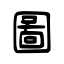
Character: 圖